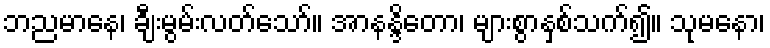
ဘညမာနေ၊ ချီးမွမ်းလတ်သော်။ အာနန္ဒိတော၊ များစွာနှစ်သက်၍။ သုမနော၊